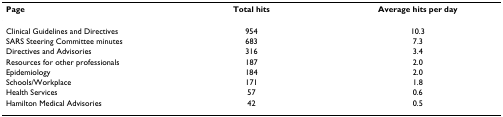
<table><thead><tr><td><b>Page</b></td><td><b>Total hits</b></td><td><b>Average hits per day</b></td></tr></thead><tbody><tr><td>Clinical Guidelines and Directives</td><td>954</td><td>10.3</td></tr><tr><td>SARS Steering Committee minutes</td><td>683</td><td>7.3</td></tr><tr><td>Directives and Advisories</td><td>316</td><td>3.4</td></tr><tr><td>Resources for other professionals</td><td>187</td><td>2.0</td></tr><tr><td>Epidemiology</td><td>184</td><td>2.0</td></tr><tr><td>Schools/Workplace</td><td>171</td><td>1.8</td></tr><tr><td>Health Services</td><td>57</td><td>0.6</td></tr><tr><td>Hamilton Medical Advisories</td><td>42</td><td>0.5</td></tr></tbody></table>